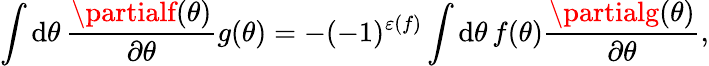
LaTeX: \int\mathrm{d}\theta\, \frac{{\partialf(\theta)}}{{\partial\theta}}g(\theta)=-(-1)^{\varepsilon(f)}\int\mathrm{d}\theta\, f(\theta)\frac{{\partialg(\theta)}}{{\partial\theta}},